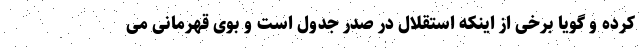
کرده و گویا برخی از اینکه استقلال در صدر جدول است و بوی قهرمانی می